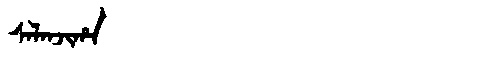
Manchu: ᠰᠠᠯᠠᠨᠵᡳᡥᠠ
Romanization: SALANJIHA